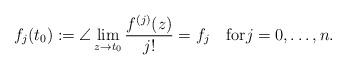
LaTeX: \begin{align*}f_j(t_0):=\angle\lim_{z\to t_0}\frac{f^{(j)}(z)}{j!}=f_j\quad\mbox{for} j=0,\ldots,n.\end{align*}